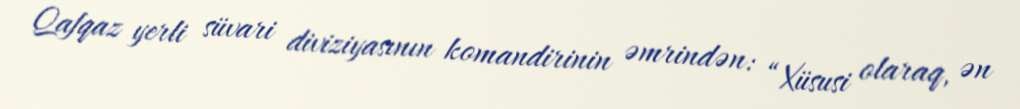
Qafqaz yerli süvari diviziyasının komandirinin əmrindən: “Xüsusi olaraq, ən